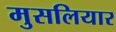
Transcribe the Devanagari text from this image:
मुसलियार